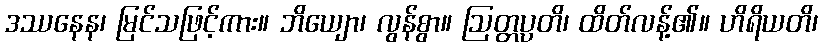
ဒဿနေန၊ မြင်သဖြင့်ကား။ ဘိယျော၊ လွန်စွာ။ ဩတ္တပ္ပတိ၊ ထိတ်လန့်၏။ ဟိရိယတိ၊